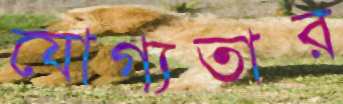
যোগ্যতার